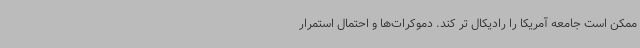
ممکن است جامعه آمریکا را رادیکال تر کند. دموکرات‌ها و احتمال استمرار